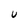
Character: u